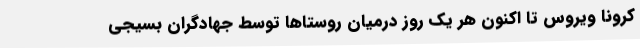
کرونا ویروس تا اکنون هر یک روز درمیان روستاها توسط جهادگران بسیجی